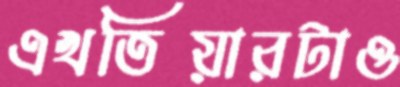
এখতিয়ারটাও